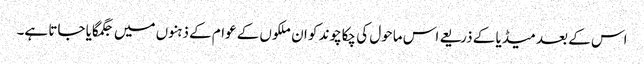
اس کے بعد میڈیا کے ذریعے اس ماحول کی چکاچوند کو ان ملکوں کے عوام کے ذہنوں میں جگمگایا جاتا ہے۔